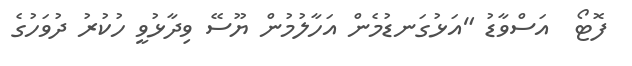
ފޮޓޯ  އަސްވާޑު "އަޅުގަނޑުމެން އަހާލުމުން ޔޫސޭ ވިދާޅުވީ ހުކުރު ދުވަހުގެ